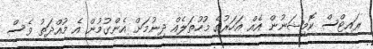
ރައިޓްސް ކޮމިޝަނުން އެއް އަހަރުގެ މުހުތަލެއް ދިނުމަށް އެންގުމުން އެ މުއްދަތު ވެސް